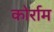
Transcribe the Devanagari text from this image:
कोर्राम